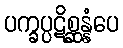
ပက္ခပ္ပဋိစ္ဆန္နံပေ